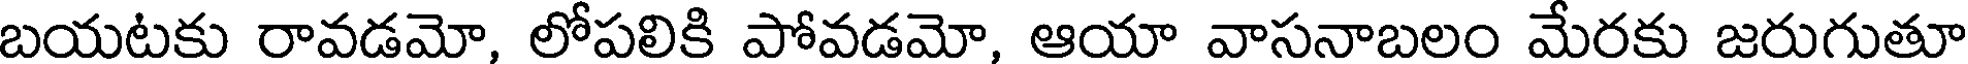
బయటకు రావడమో, లోపలికి పోవడమో, ఆయా వాసనాబలం మేరకు జరుగుతూ